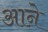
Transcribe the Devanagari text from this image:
आऩे